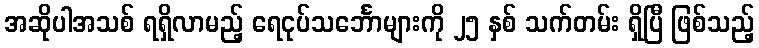
အဆိုပါအသစ် ရရှိလာမည့် ရေငုပ်သင်္ဘောများကို ၂၅ နှစ် သက်တမ်း ရှိပြီ ဖြစ်သည့်